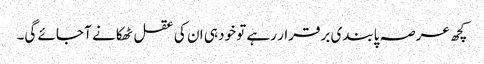
کچھ عرصہ پابندی برقرار رہے تو خود ہی ان کی عقل ٹھکانے آ جائے گی۔